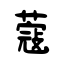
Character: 蔻